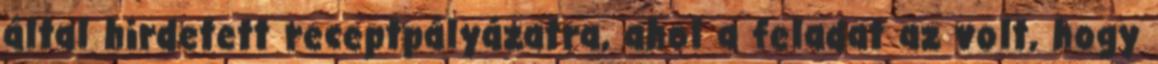
által hirdetett receptpályázatra, ahol a feladat az volt, hogy